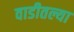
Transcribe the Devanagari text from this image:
वाडीतल्या